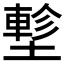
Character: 𡑁